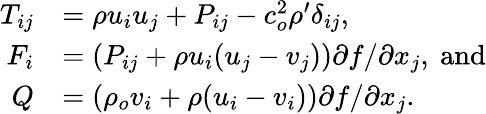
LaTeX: \begin{array}{rl}{T_{ij}}&{=\rho u_{i}u_{j}+P_{ij}-c_{o}^{2}\rho^{\prime}\delta_{ij},}\\ {F_{i}}&{=(P_{ij}+\rho u_{i}(u_{j}-v_{j})){\partial f}/{\partial x_{j}},~\mathrm{and}}\\ {Q}&{=(\rho_{o}v_{i}+\rho(u_{i}-v_{i})){\partial f}/{\partial x_{j}}.}\end{array}